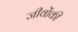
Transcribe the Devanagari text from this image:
जीवोंकी